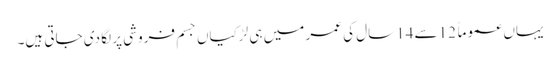
یہاں عموماً 12سے 14سال کی عمر میں ہی لڑکیاں جسم فروشی پر لگا دی جاتی ہیں۔